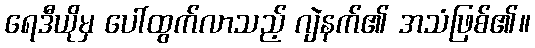
ရေဒီယိုမှ ပေါ်ထွက်လာသည့် ဂျဲနက်၏ အသံဖြစ်၏။